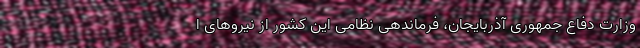
وزارت دفاع جمهوری آذربایجان، فرماندهی نظامی این کشور از نیروهای ا